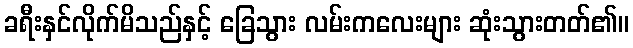
ခရီးနှင်လိုက်မိသည်နှင့် ခြေသွား လမ်းကလေးများ ဆုံးသွားတတ်၏။